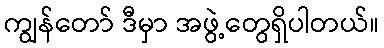
ကျွန်တော် ဒီမှာ အဖွဲ့တွေရှိပါတယ်။